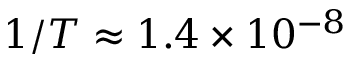
1 / T \approx 1 . 4 \times 1 0 ^ { - 8 }